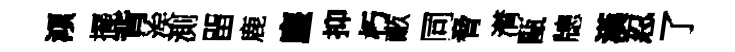
澒擺背涘測㽞鹿麈抑朽畞同脅潸甌牕漢忍了